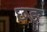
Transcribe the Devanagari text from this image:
छङ